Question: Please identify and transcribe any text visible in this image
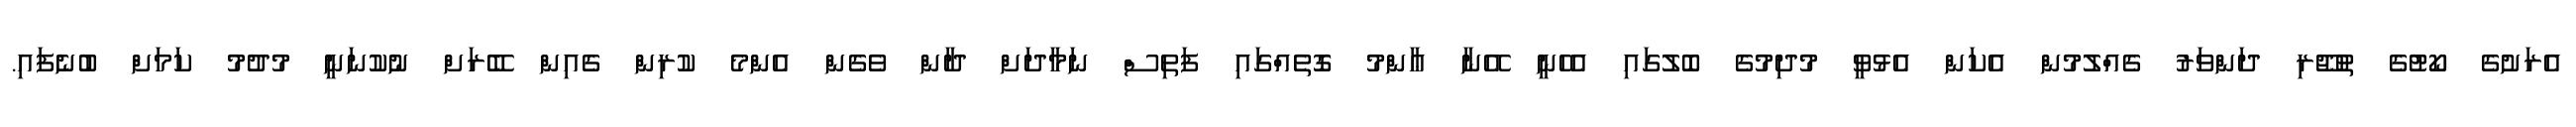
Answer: އެރަށުގެ ކޯޓުގެ ތުޖޫރި ދަންވަރު ގެއްލުމުން އެކަން އެޅުވީ މުދިމުގެ ބޮލުގައި އެހެނީ އޭނާ ޢާންމު ގޮތެއްގައި ފަތިސް ނަމާދަށް ދާން ވެގެން އެންމެ ކުރިން ގެއިން ބޭރަށް ނުކުނަނީ މުދުމު ކަމަށް ބުނެފައި.